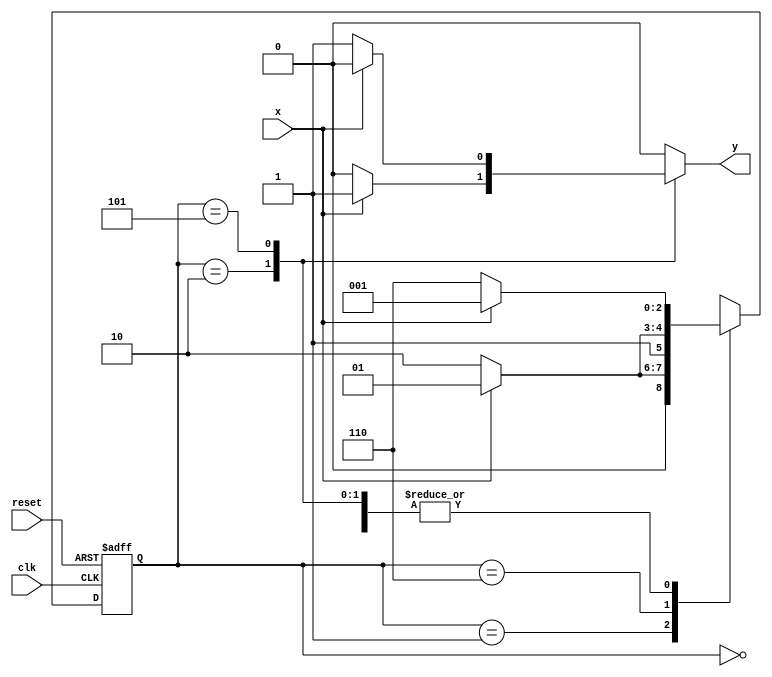
// ---------------------
// Guia 11 Exercicio 05 - Mealy - FSM capaz de identificar uma sequncia de trs bits iguais a(101) ou (010).
// Nome: Bruno Csar Lopes Silva - 415985
// ---------------------

// --------------------
// --- Mealy FSM
// --- seq: 101 ou 010
// --------------------


// constant definitions
`define found    1
`define notfound 0

// FSM by Mealy
module exercicio05_seq101_010 ( y, x, clk, reset );

	output y;
	input  x;
	input  clk;
	input  reset;

	reg    y;

	parameter         // state identifiers 
		start  = 3'b000,
		id1    = 3'b001,
		id0    = 3'b110,
		id10   = 3'b010,
		id01   = 3'b101;

	reg [2:0] E1;	// current state variables
	reg [2:0] E2;	// next state logic output

	// next state logic
   always @( x or E1 )
		begin
		y = `notfound;

		case ( E1 )
			start:
				if ( x )
					E2 = id1;
				else
					E2 = id0;
				
			id1:
				if ( x )
					E2 = id1;
				else
					E2 = id10;

			id10:
				if ( x )
				begin
					E2 =  id1;
					y  = `found;
				end
				else
				begin
					E2 =  id0;
					y  = `notfound;
				end
			
			id0:
				if ( x )
					E2 = id01;
				else
					E2 = id0;

			id01:
				if ( x )
				begin
					E2 =  id1;
					y  = `notfound;
				end
				else
				begin
					E2 =  id0;
					y  = `found;
				end
	 
			default:   // undefined state
				E2 =  3'bxxx;
		endcase
	  
		end // always at signal or state changing
		

	// state variables
		always @( posedge clk or negedge reset )
		begin
			if ( reset )
				E1 = E2;    // updates current state
			else
				E1 = 0;     // reset
		end // always at signal changing

endmodule // exercicio05_seq101_010

module Exercicio05;
	
	reg   clk, reset, x;
	wire  m1;

	exercicio05_seq101_010 M4( m1, x, clk, reset );

	initial
	begin
		$display("Guia 11 Exercicio 05 - Bruno Cesar Lopes Silva - 415985");
		$display("\nTime\tX   Seq 101|010" );


	// initial values
       clk   = 1;
       reset = 0;
       x     = 0;

	// input signal changing
		#10   reset = 1;
		#10  x = 1;
		#10  x = 0;
		#10  x = 0;
		#10  x = 1;
		#10  x = 0;
		#10  x = 1;
		#10  x = 1;
		#10  x = 1;
		#10  x = 1;
		#10  x = 0;
		#10  x = 1;
		#10  x = 1;
		#10  x = 1;
		#10  x = 0;
		#10  x = 1;
		#10  x = 0;
		#10  x = 0;
		#10  x = 0;
		
		#5 $finish;
	
	end // initial

	always
		#5 clk = ~clk;

	always @( posedge clk )
	begin
		$display ( "%4d \t%b\t%b", $time, x, m1);
	end // always at positive edge clocking changing

endmodule